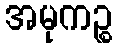
အမုကဉ္စ